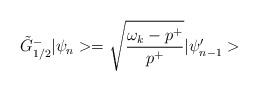
LaTeX: \begin{align*}\tilde{G}^-_{1/2} |\psi_n> = \sqrt{\frac{\omega_k-p^+}{p^+}} |\psi'_{n-1}>\end{align*}